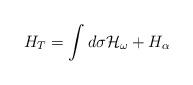
LaTeX: \begin{align*}H_T=\int d{\sigma}{\cal H}_{\omega}+H_{\alpha}\end{align*}